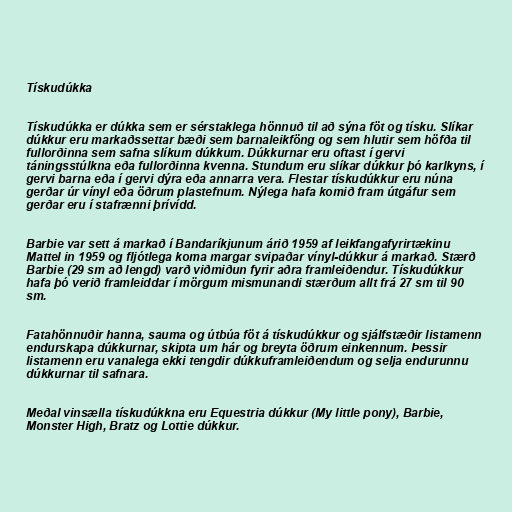
Tískudúkka

Tískudúkka er dúkka sem er sérstaklega hönnuð til að sýna föt og tísku. Slíkar
dúkkur eru markaðssettar bæði sem barnaleikföng og sem hlutir sem höfða til
fullorðinna sem safna slíkum dúkkum. Dúkkurnar eru oftast í gervi
táningsstúlkna eða fullorðinna kvenna. Stundum eru slíkar dúkkur þó karlkyns, í
gervi barna eða í gervi dýra eða annarra vera. Flestar tískudúkkur eru núna
gerðar úr vínyl eða öðrum plastefnum. Nýlega hafa komið fram útgáfur sem
gerðar eru í stafrænni þrívídd.

Barbie var sett á markað í Bandaríkjunum árið 1959 af leikfangafyrirtækinu
Mattel in 1959 og fljótlega koma margar svipaðar vínyl-dúkkur á markað. Stærð
Barbie (29 sm að lengd) varð viðmiðun fyrir aðra framleiðendur. Tískudúkkur
hafa þó verið framleiddar í mörgum mismunandi stærðum allt frá 27 sm til 90
sm.

Fatahönnuðir hanna, sauma og útbúa föt á tískudúkkur og sjálfstæðir listamenn
endurskapa dúkkurnar, skipta um hár og breyta öðrum einkennum. Þessir
listamenn eru vanalega ekki tengdir dúkkuframleiðendum og selja endurunnu
dúkkurnar til safnara.

Meðal vinsælla tískudúkkna eru Equestria dúkkur (My little pony), Barbie,
Monster High, Bratz og Lottie dúkkur.